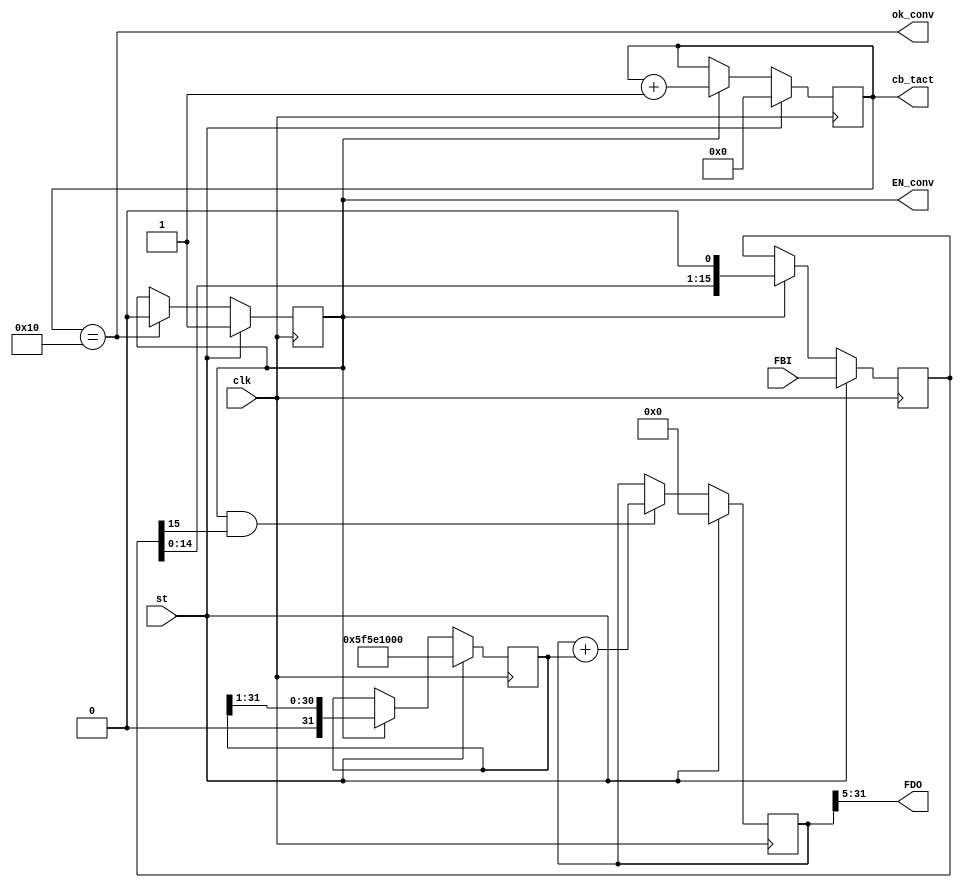
`timescale 1ns / 1ps


module FB16_to_FD27 ( 						output wire [26:0] FDO,
							input [15:0] FBI, output reg[4:0]cb_tact=0,
							input clk, 			output reg EN_conv=0,
							input st, 			output wire ok_conv);

parameter Dmax=27'h2FAF080 ; //50000000 , 99999999=27'h5f5e0ff

reg [15:0] sr_FBI =0 ;
reg [31:0]sr_FBO =0 ;
reg [31:0]ACC = 0 ;

assign FDO = ACC[31:5] ;
assign ok_conv = (cb_tact==16) ;

always @ (posedge clk) begin
	sr_FBI <= st? FBI : EN_conv? sr_FBI<<1 : sr_FBI ;
	sr_FBO <= st? {Dmax,5'b00000} : EN_conv? sr_FBO>>1 : sr_FBO ;
	ACC <= st? 0 : (EN_conv & sr_FBI[15])? ACC + sr_FBO : ACC ;
	cb_tact <= st? 0 : EN_conv? cb_tact+1 : cb_tact ;
	EN_conv <= st? 1 : ok_conv? 0 : EN_conv ;
end

endmodule